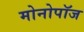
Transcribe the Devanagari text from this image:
मोनोपॉज